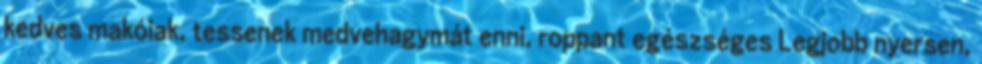
kedves makóiak, tessenek medvehagymát enni, roppant egészséges Legjobb nyersen,